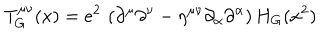
LaTeX: T _ { G } ^ { \mu \nu } ( x ) = e ^ { 2 } \, \left( \partial ^ { \mu } \partial ^ { \nu } - \eta ^ { \mu \nu } \partial _ { \alpha } \partial ^ { \alpha } \right) H _ { G } ( x ^ { 2 } )